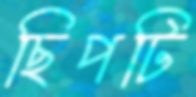
ছিপটি